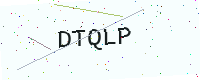
Text: DTQLP